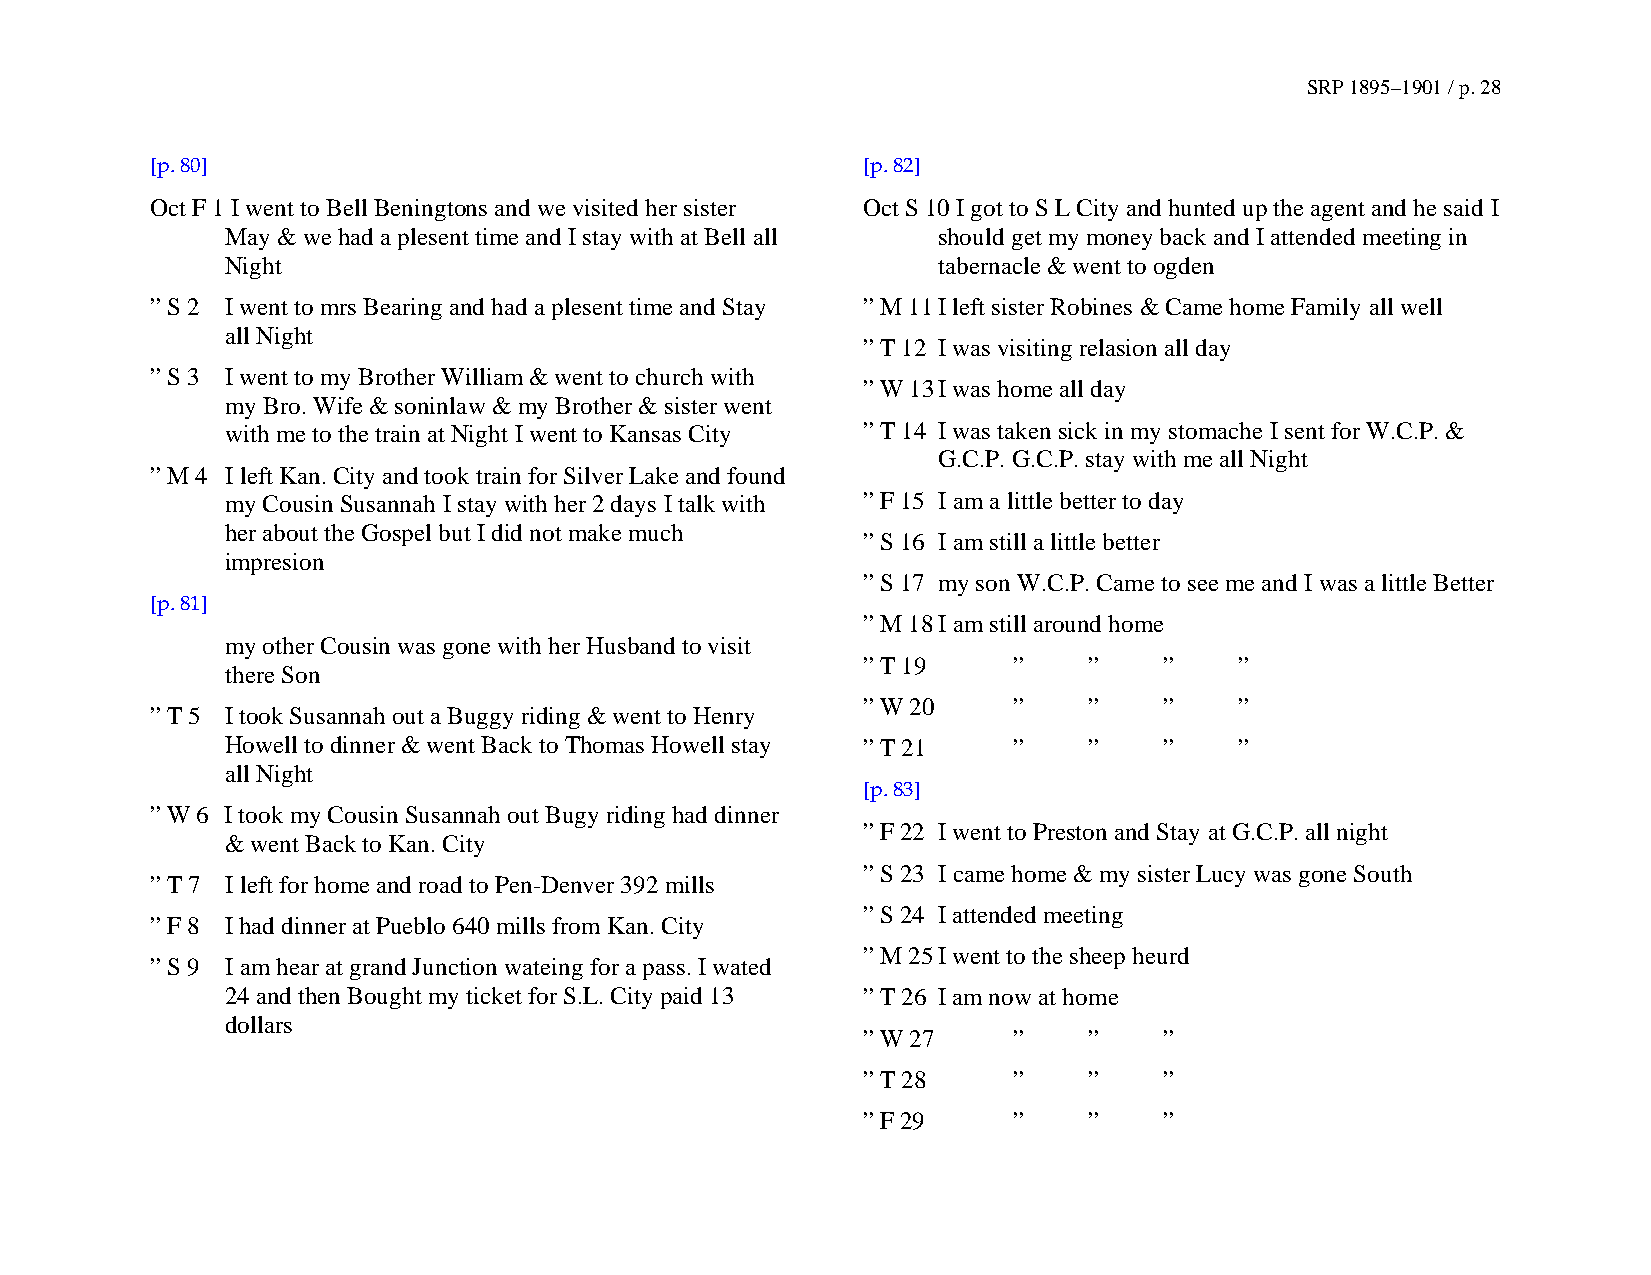
SRP 1895–1901 / p. 28
 [p. 80]                                        [p. 82]
 Oct F 1 I went to Bell Beningtons and we visited her sister Oct S 10 I got to S L City and hunted up the agent and he said I
 May & we had a plesent time and I stay with at Bell all should get my money back and I attended meeting in
 Night                                          tabernacle & went to ogden
 ” S 2 I went to mrs Bearing and had a plesent time and Stay ” M 11 I left sister Robines & Came home Family all well
 all Night
 ” T 12 I was visiting relasion all day
 ” S 3 I went to my Brother William & went to church with
 ” W 13 I was home all day
 my Bro. Wife & soninlaw & my Brother & sister went
 with me to the train at Night I went to Kansas City ” T 14 I was taken sick in my stomache I sent for W.C.P. &
 G.C.P. G.C.P. stay with me all Night
 ” M 4 I left Kan. City and took train for Silver Lake and found
 my Cousin Susannah I stay with her 2 days I talk with ” F 15 I am a little better to day
 her about the Gospel but I did not make much
 ” S 16 I am still a little better
 impresion
 ” S 17 my son W.C.P. Came to see me and I was a little Better
 [p. 81]
 ” M 18 I am still around home
 my other Cousin was gone with her Husband to visit
 ” T 19    ”    ”    ”    ”
 there Son
 ” W 20    ”    ”    ”    ”
 ” T 5 I took Susannah out a Buggy riding & went to Henry
 Howell to dinner & went Back to Thomas Howell stay ” T 21 ” ” ”    ”
 all Night
 [p. 83]
 ” W 6 I took my Cousin Susannah out Bugy riding had dinner
 ” F 22 I went to Preston and Stay at G.C.P. all night
 & went Back to Kan. City
 ” S 23 I came home & my sister Lucy was gone South
 ” T 7 I left for home and road to Pen-Denver 392 mills
 ” S 24 I attended meeting
 ” F 8 I had dinner at Pueblo 640 mills from Kan. City
 ” M 25 I went to the sheep heurd
 ” S 9 I am hear at grand Junction wateing for a pass. I wated
 24 and then Bought my ticket for S.L. City paid 13 ” T 26 I am now at home
 dollars
 ” W 27    ”    ”    ”
 ” T 28    ”    ”    ”
 ” F 29    ”    ”    ”